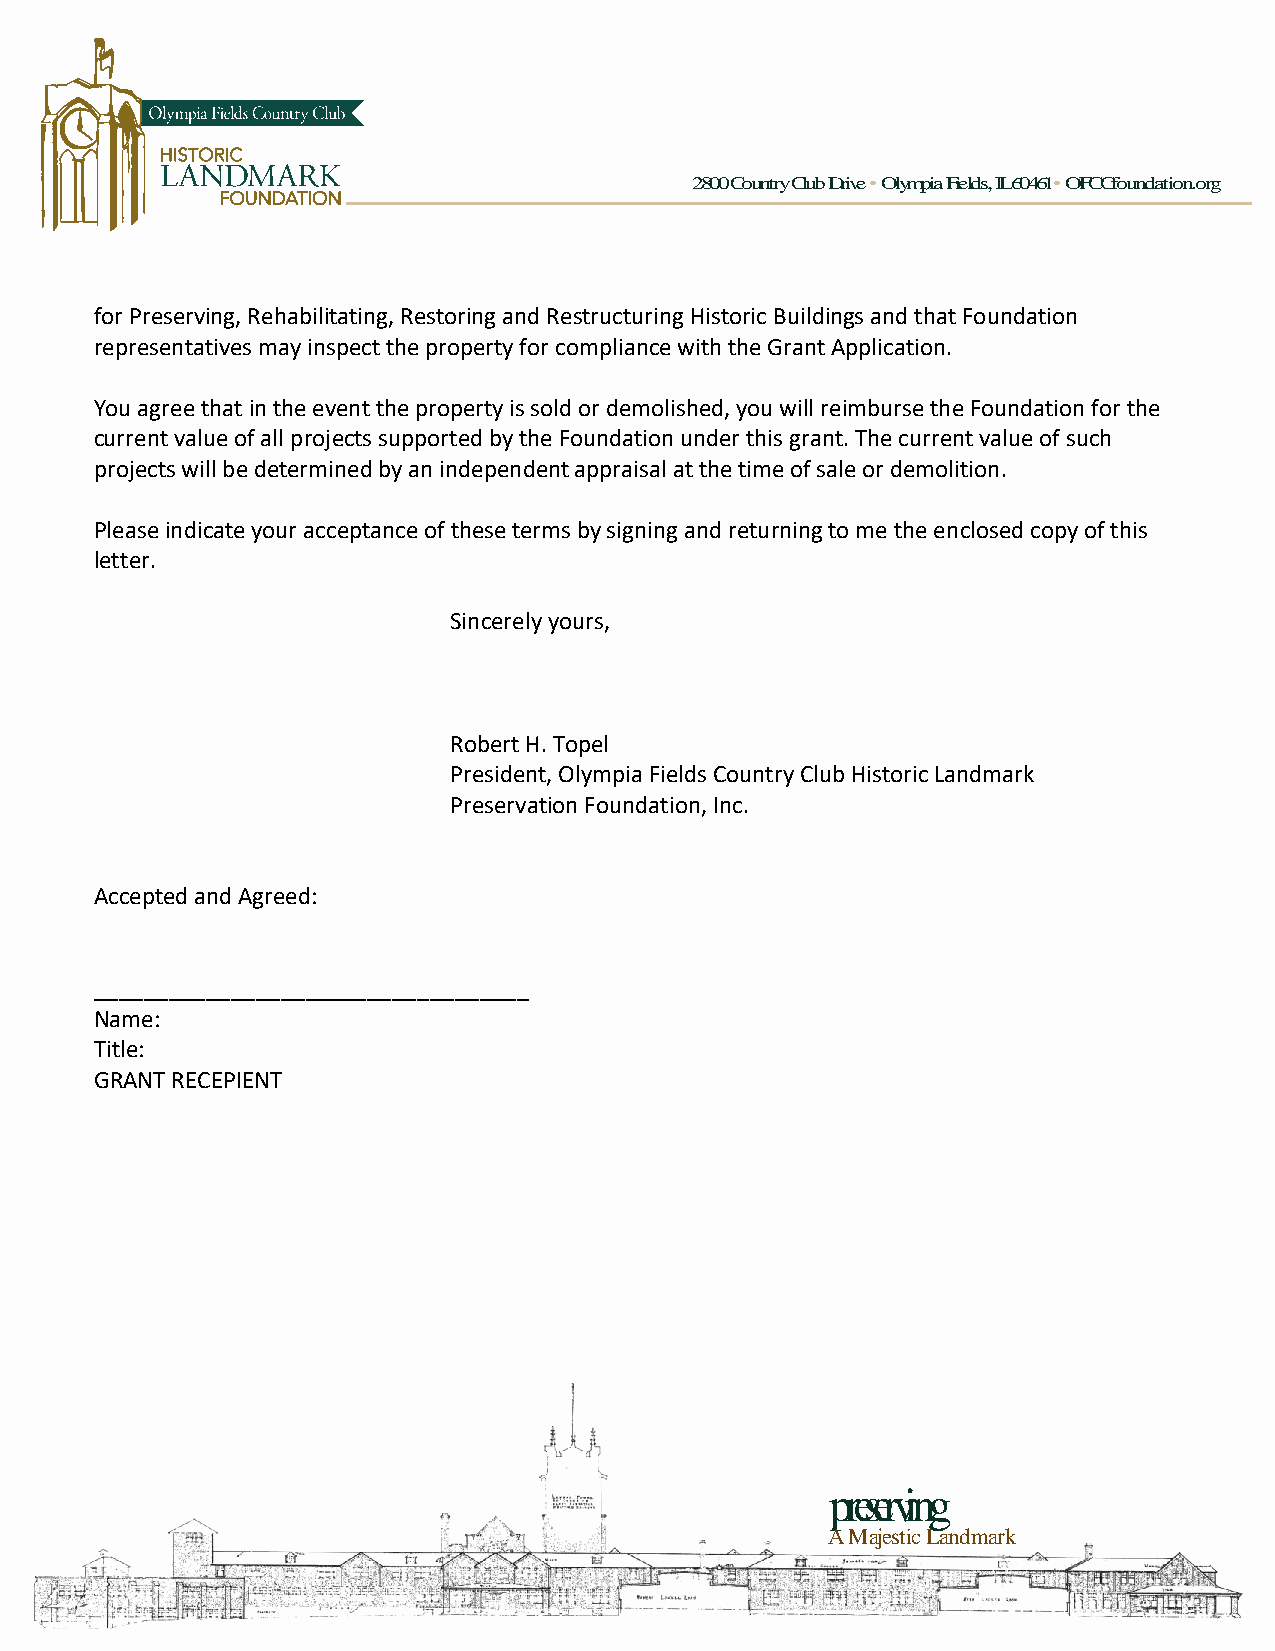
2800 Country Club Drive •Olympia Fields, IL 60461•OFCCfoundation.org
 for Preserving, Rehabilitating, Restoring and Restructuring Historic Buildings and that Foundation
 representatives may inspect the property for compliance with the Grant Application.
 You agree that in the event the property is sold or demolished, you will reimburse the Foundation for the
 current value of all projects supported by the Foundation under this grant. The current value of such
 projects will be determined by an independent appraisal at the time of sale or demolition.
 Please indicate your acceptance of these terms by signing and returning to me the enclosed copy of this
 letter.
 Sincerely yours,
 Robert H. Topel
 President, Olympia Fields Country Club Historic Landmark
 Preservation Foundation, Inc.
 Accepted and Agreed:
 ___________________________________
 Name:
 Title:
 GRANT RECEPIENT
 preserving
 A MajesticLandmark